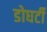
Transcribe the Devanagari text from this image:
डोघर्टी